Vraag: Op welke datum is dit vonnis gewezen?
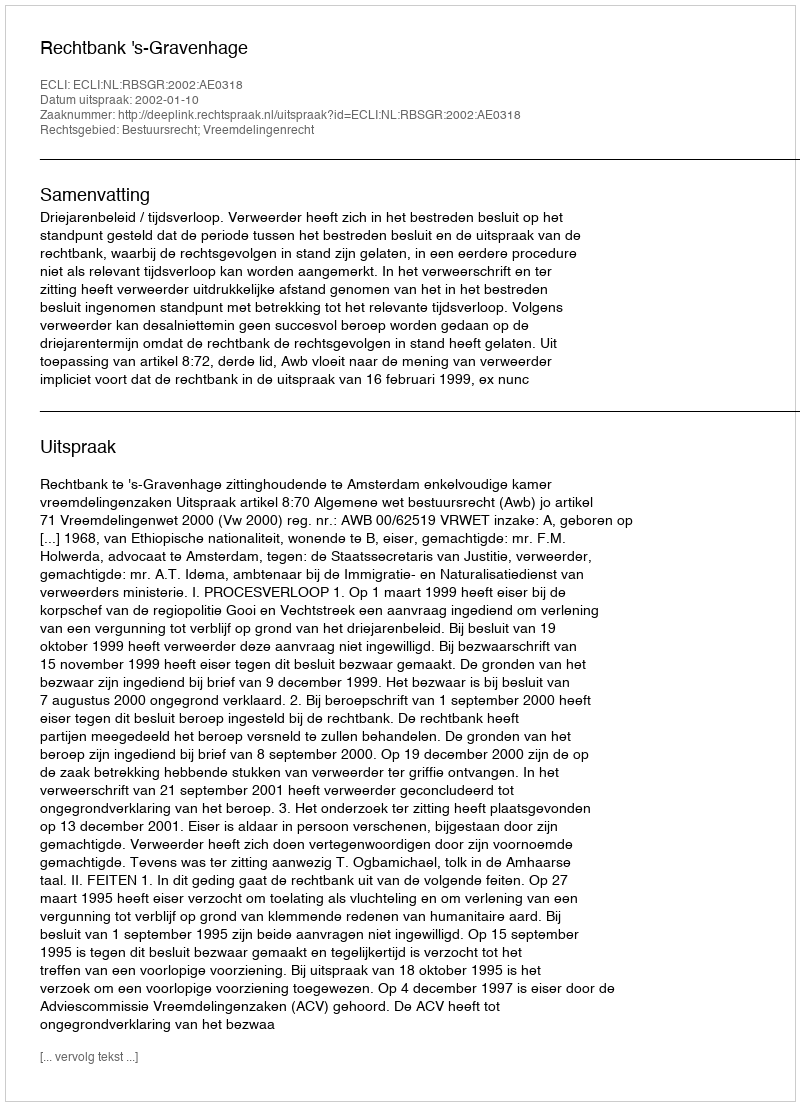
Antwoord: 2002-01-10